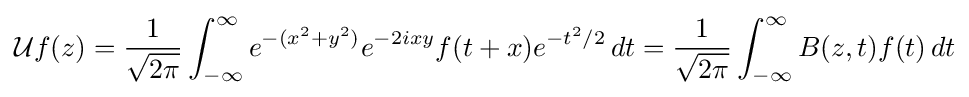
{\mathcal {U}}f(z)={1 \over {\sqrt {2\pi }}}\int _{-\infty }^{\infty }e^{-(x^{2}+y^{2})}e^{-2ixy}f(t+x)e^{-t^{2}/2}\,dt={1 \over {\sqrt {2\pi }}}\int _{-\infty }^{\infty }B(z,t)f(t)\,dt